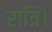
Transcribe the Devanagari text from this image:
रात्रि।